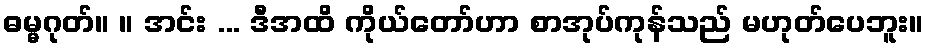
ဓမ္မဂုတ်။ ။ အင်း ... ဒီအထိ ကိုယ်တော်ဟာ စာအုပ်ကုန်သည် မဟုတ်ပေဘူး။